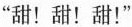
”甜！甜！甜！”